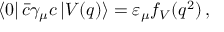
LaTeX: \left\langle 0 \right| \bar { c } \gamma _ { \mu } c \left| V ( q ) \right\rangle = \varepsilon _ { \mu } f _ { V } ( q ^ { 2 } ) \, ,